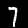
Label: 7